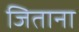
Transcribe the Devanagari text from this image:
जिताना